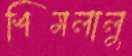
শিমলালু